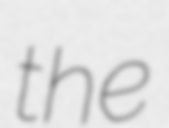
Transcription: the